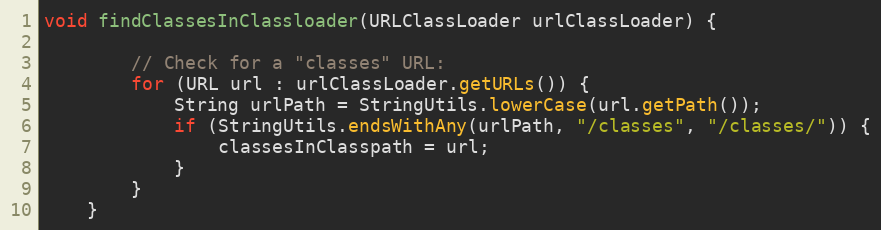
Language: Java
void findClassesInClassloader(URLClassLoader urlClassLoader) {

        // Check for a "classes" URL:
        for (URL url : urlClassLoader.getURLs()) {
            String urlPath = StringUtils.lowerCase(url.getPath());
            if (StringUtils.endsWithAny(urlPath, "/classes", "/classes/")) {
                classesInClasspath = url;
            }
        }
    }